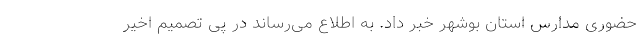
حضوری مدارس استان بوشهر خبر داد. به اطلاع می‌رساند در پی تصمیم اخیر